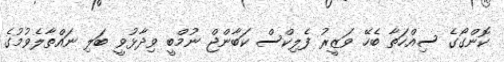
ކޮންގޯގެ ސިއްހަތާ ބެހޭ ވަޒީރު ފެލިކްސް ކަބާންޖް ނުމްބީ ވިދާޅުވީ ބަލި ނައްތާލެވުމުގެ